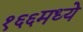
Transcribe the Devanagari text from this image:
१६६मध्ये